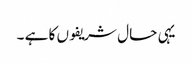
یہی حال شریفوں کا ہے ۔